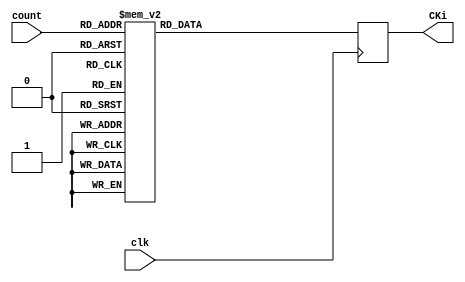
`timescale 1ns / 1ps
module get_CKi
	(
	        clk,
		count,
		CKi
	);
input clk;
input [4:0] count;
output [31:0] CKi;
reg [31:0] CKi;
always@(posedge clk)
	case(count)
		5'b0_0000:	CKi	<=	32'h00070e15;
		5'b0_0001:	CKi	<=	32'h1c232a31;
		5'b0_0010:	CKi	<=	32'h383f464d;
		5'b0_0011:	CKi	<=	32'h545b6269;
		5'b0_0100:	CKi	<=	32'h70777e85;
		5'b0_0101:	CKi	<=	32'h8c939aa1;
		5'b0_0110:	CKi	<=	32'ha8afb6bd;
		5'b0_0111:	CKi	<=	32'hc4cbd2d9;
		5'b0_1000:	CKi	<=	32'he0e7eef5;
		5'b0_1001:	CKi	<=	32'hfc030a11;
		5'b0_1010:	CKi	<=	32'h181f262d;
		5'b0_1011:	CKi	<=	32'h343b4249;
		5'b0_1100:	CKi	<=	32'h50575e65;
		5'b0_1101:	CKi	<=	32'h6c737a81;
		5'b0_1110:	CKi	<=	32'h888f969d;
		5'b0_1111:	CKi	<=	32'ha4abb2b9;
		5'b1_0000:	CKi	<=	32'hc0c7ced5;
		5'b1_0001:	CKi	<=	32'hdce3eaf1;
		5'b1_0010:	CKi	<=	32'hf8ff060d;
		5'b1_0011:	CKi	<=	32'h141b2229;
		5'b1_0100:	CKi	<=	32'h30373e45;
		5'b1_0101:	CKi	<=	32'h4c535a61;
		5'b1_0110:	CKi	<=	32'h686f767d;
		5'b1_0111:	CKi	<=	32'h848b9299;
		5'b1_1000:	CKi	<=	32'ha0a7aeb5;
		5'b1_1001:	CKi	<=	32'hbcc3cad1;
		5'b1_1010:	CKi	<=	32'hd8dfe6ed;
		5'b1_1011:	CKi	<=	32'hf4fb0209;
		5'b1_1100:	CKi	<=	32'h10171e25;
		5'b1_1101:	CKi	<=	32'h2c333a41;
		5'b1_1110:	CKi	<=	32'h484f565d;
		5'b1_1111:	CKi	<=	32'h646b7279;
		default:	CKi	<=	32'h0;
	endcase 
endmodule